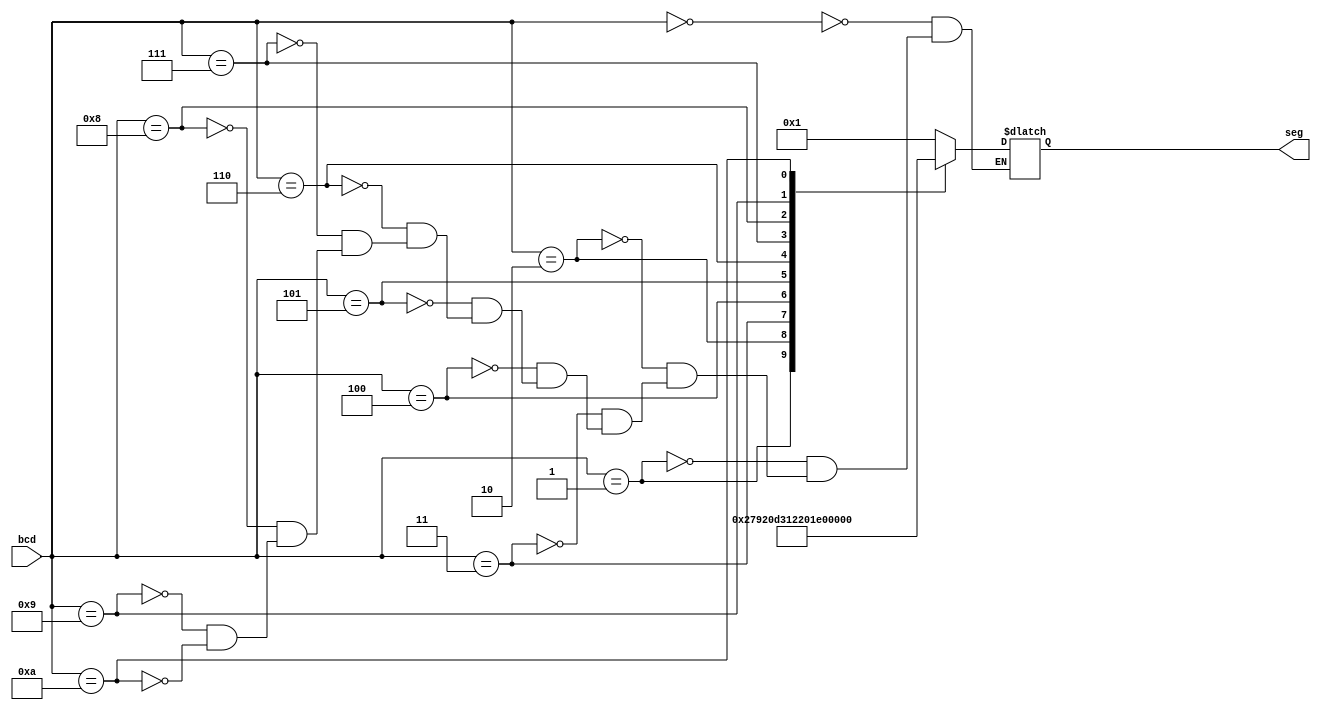
`timescale 1ns / 1ps

module decoder(bcd,seg);
     
     //Declare inputs,outputs and internal variables.
     input [3:0] bcd;
     output [6:0] seg;
     reg [6:0] seg;


//always block for converting bcd digit into 7 segment format
    
    
    always @(bcd)
    begin
        case (bcd) //case statement
        0 : seg = 7'b0000001;
        1 : seg = 7'b1001111;
        2 : seg = 7'b0010010;
        3 : seg = 7'b0000110;
        4 : seg = 7'b1001100;
        5 : seg = 7'b0100100;
        6 : seg = 7'b0100000;
        7 : seg = 7'b0001111;
        8 : seg = 7'b0000000;
        9 : seg = 7'b0000100;
        10 : seg = 7'b1111110;
        endcase
    end

endmodule